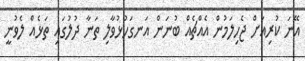
އޭނަ ކުރިއަށް ޖެހިލަމުން އެއްޗެއް ބުނަން އަނގަހުޅުވާލި ތަނާ ދުލުގައި ތަޅެއް ލެވުނީ